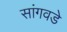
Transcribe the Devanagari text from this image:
सांगवडे